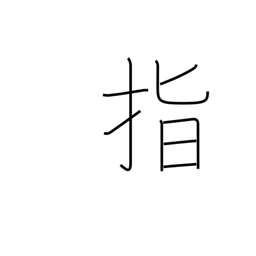
Meaning: point to